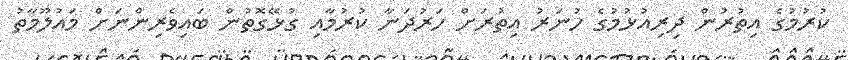
ކުރުމުގެ އިތުރުން ދިރިއުޅުމުގެ ހުނަރު އިތުރަށް ހަރުދަނާ ކުރުމާއި ގުޅޭގޮތުން ބައިވެރިންނަށް މައުލޫމާތު